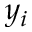
y _ { i }